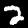
Digit: 2